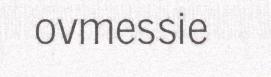
ovmessie